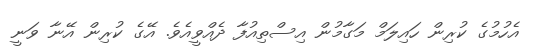
އެހުމުގެ ކުރިން ހައިލަމް މަގާމުން އިސްތިއުފާ ދެއްވީއެވެ. އޭގެ ކުރިން އޭނާ ވަނީ